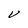
Character: V